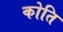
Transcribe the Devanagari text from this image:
कोति